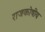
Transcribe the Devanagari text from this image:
राजकोषीय